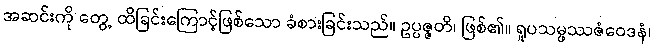
အဆင်းကို တွေ့ ထိခြင်းကြောင့်ဖြစ်သော ခံစားခြင်းသည်။ ဥပ္ပဇ္ဇတိ၊ ဖြစ်၏။ ရူပသမ္ဖဿဇံဝေဒနံ၊